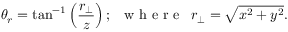
\theta _ { r } = \tan ^ { - 1 } \left( \frac { r _ { \perp } } { z } \right) ; \, \, \, { \textrm { w h e r e } } \, \, \, r _ { \perp } = \sqrt { x ^ { 2 } + y ^ { 2 } } .